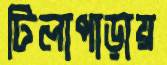
টিলাপাড়ায়